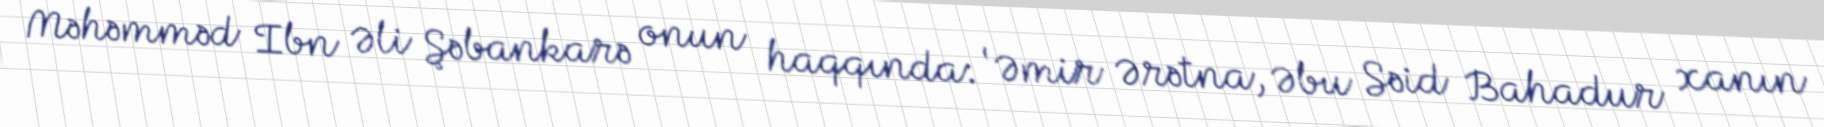
Məhəmməd Ibn Əli Şəbankarə onun haqqında: ‘Əmir Ərətna, Əbu Səid Bahadur xanın